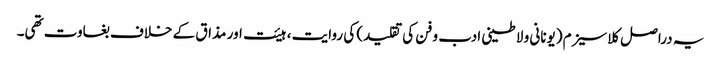
یہ دراصل کلاسیزم (یونانی و لاطینی ادب و فن کی تقلید) کی روایت ، ہیئت اور مذاق کے خلاف بغاوت تھی۔